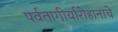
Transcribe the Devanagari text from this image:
पर्वतागीर्यारोहानाचे